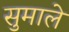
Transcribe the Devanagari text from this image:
सुमाले